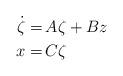
LaTeX: \begin{align*}\begin{aligned}\dot{\zeta} = &\, A \zeta + B z\\x =&\, C\zeta\end{aligned}\end{align*}